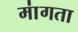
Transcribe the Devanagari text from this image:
मा॑गता